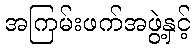
အကြမ်းဖက်အဖွဲ့နှင့်